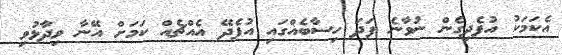
އެކަމަކު އުފެދިގެން ނުވާނެ ފަދަ ހިސާބެއްގައި އުފެދޭ އެއްޗެއް ކަމަށް އޭނާ ވިދާޅުވި